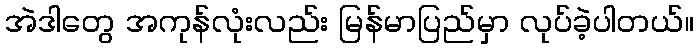
အဲဒါတွေ အကုန်လုံးလည်း မြန်မာပြည်မှာ လုပ်ခဲ့ပါတယ်။